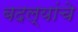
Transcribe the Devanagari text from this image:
बदल्यांचे